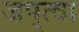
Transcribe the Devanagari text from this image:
जप्‌त्वा